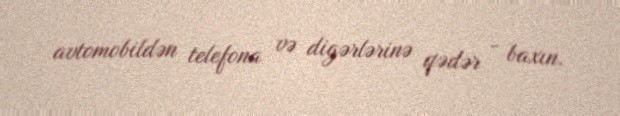
avtomobildən telefona və digərlərinə qədər - baxın.